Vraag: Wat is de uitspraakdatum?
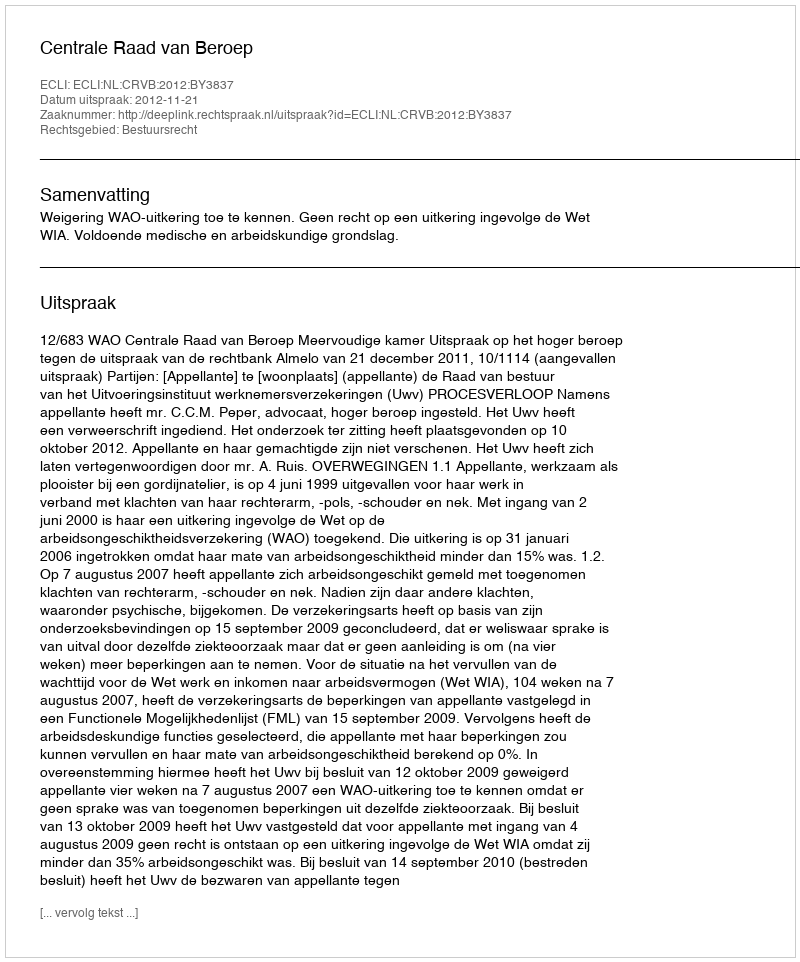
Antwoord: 2012-11-21